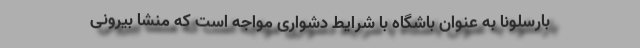
بارسلونا به عنوان باشگاه با شرایط دشواری مواجه است که منشا بیرونی